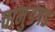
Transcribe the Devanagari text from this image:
चामुंडगड